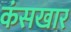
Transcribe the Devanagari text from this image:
कंसखार